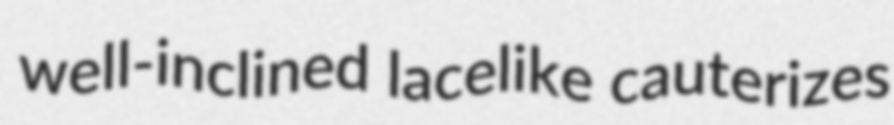
well-inclined lacelike cauterizes